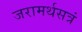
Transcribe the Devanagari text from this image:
जरामर्थसत्रं